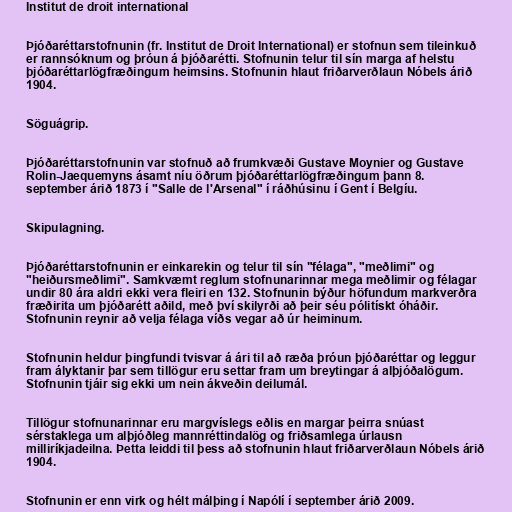
Institut de droit international

Þjóðaréttarstofnunin (fr. Institut de Droit International) er stofnun sem tileinkuð
er rannsóknum og þróun á þjóðarétti. Stofnunin telur til sín marga af helstu
þjóðaréttarlögfræðingum heimsins. Stofnunin hlaut friðarverðlaun Nóbels árið
1904.

Söguágrip.

Þjóðaréttarstofnunin var stofnuð að frumkvæði Gustave Moynier og Gustave
Rolin-Jaequemyns ásamt níu öðrum þjóðaréttarlögfræðingum þann 8.
september árið 1873 í "Salle de l'Arsenal" í ráðhúsinu í Gent í Belgíu.

Skipulagning.

Þjóðaréttarstofnunin er einkarekin og telur til sín "félaga", "meðlimi" og
"heiðursmeðlimi". Samkvæmt reglum stofnunarinnar mega meðlimir og félagar
undir 80 ára aldri ekki vera fleiri en 132. Stofnunin býður höfundum markverðra
fræðirita um þjóðarétt aðild, með því skilyrði að þeir séu pólitískt óháðir.
Stofnunin reynir að velja félaga víðs vegar að úr heiminum.

Stofnunin heldur þingfundi tvisvar á ári til að ræða þróun þjóðaréttar og leggur
fram ályktanir þar sem tillögur eru settar fram um breytingar á alþjóðalögum.
Stofnunin tjáir sig ekki um nein ákveðin deilumál.

Tillögur stofnunarinnar eru margvíslegs eðlis en margar þeirra snúast
sérstaklega um alþjóðleg mannréttindalög og friðsamlega úrlausn
milliríkjadeilna. Þetta leiddi til þess að stofnunin hlaut friðarverðlaun Nóbels árið
1904.

Stofnunin er enn virk og hélt málþing í Napólí í september árið 2009.